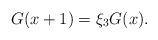
LaTeX: \begin{align*}G(x+1)=\xi_{3}G(x).\end{align*}